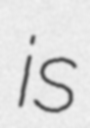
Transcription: is